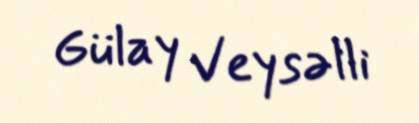
Gülay Veysəlli